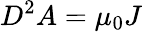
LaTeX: D^{2}A=\mu_{0}J